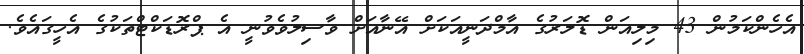
އެހެންކަމުން 43 މިލިއަން ޑޮލަރުގެ އާމްދަނީއަކަށް އޭނާއަށް ވާސިލުވެވުނީ އެ ޕްރޮޑަކްޓްތަކުގެ އެހީގައެވެ.